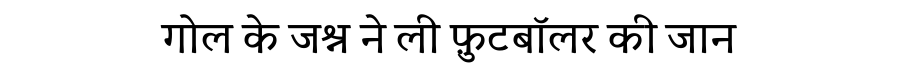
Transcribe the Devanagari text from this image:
गोल के जश्न ने ली फ़ुटबॉलर की जान